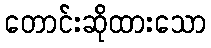
တောင်းဆိုထားသော